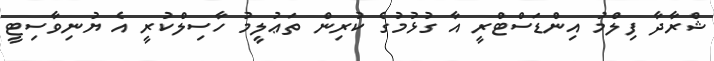
ޝްރާދާ ފިލްމު އިންޑަސްޓްރީ އާ ގުޅުމުގެ ކުރިން ތަޢުލީމު ހާސިލްކުރީ އެ ޔުނިވާސިޓީ